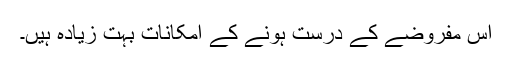
اِس مفروضے کے درست ہونے کے امکانات بہت زیادہ ہیں۔